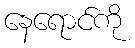
နေရောင်ကို